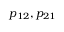
p _ { 1 2 } , p _ { 2 1 }